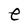
Character: e